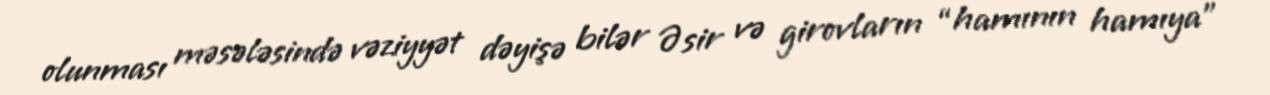
olunması məsələsində vəziyyət dəyişə bilər Əsir və girovların “hamının hamıya”